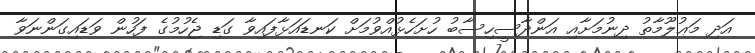
އަދި މަޢުލޫމާތު ދިނުމަށާއި އަންދާސީހިސާބު ހުށަހެޅުއްވުމަށް ކަނޑައަޅާފައިވާ ގަޑި ޖެހުމުގެ ފަހުން ވަޑައިގަންނަވާ